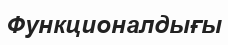
Функционалдығы